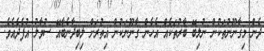
ދެން މިގާނޫނުތަކުން ނުލިބޭ ބާރުތަކެއް އެހެން ގާނޫނަކުން އިތުރަށް ލިބިދާނެބާއޭ ސުވާލު އުފެދެއެވެ.